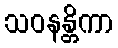
သဝနန္တိကာ